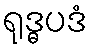
ရုဒ္ဓပဒံ